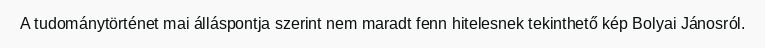
A tudománytörténet mai álláspontja szerint nem maradt fenn hitelesnek tekinthető kép Bolyai Jánosról.